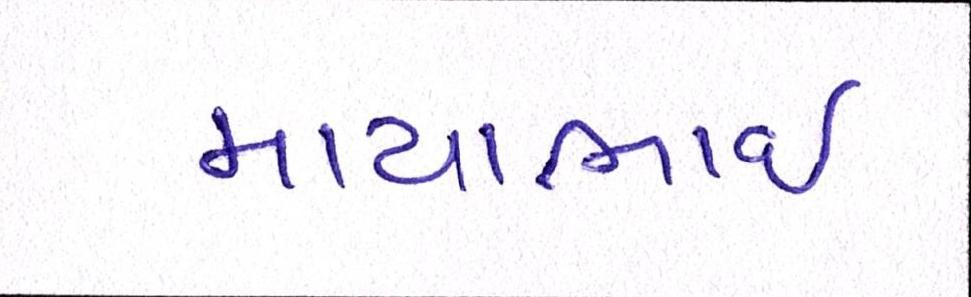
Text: માયાભાઇ